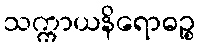
သက္ကာယနိရောဓဉ္စ